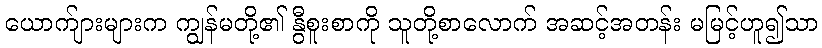
ယောက်ျားများက ကျွန်မတို့၏ နွီစူးစာကို သူတို့စာလောက် အဆင့်အတန်း မမြင့်ဟူ၍သာ